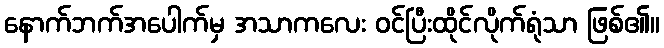
နောက်ဘက်အပေါက်မှ အသာကလေး ဝင်ပြီးထိုင်လိုက်ရုံသာ ဖြစ်၏။